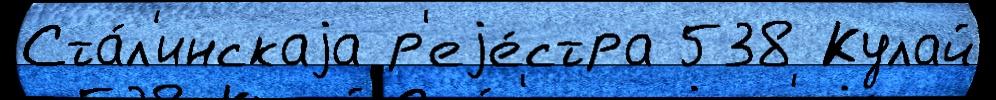
Ста́л'инскаjа р'еjе́стра 538 Кулай